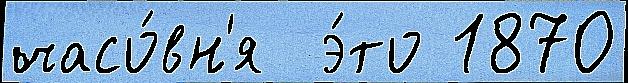
часо́вн'я  э́то 1870